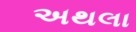
અથલા